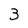
Character: 3